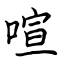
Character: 喧